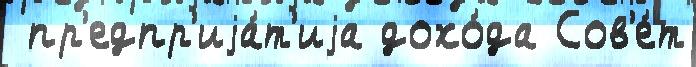
 пр'едпр'иjа́т'иjа дохо́да Сов'е́т